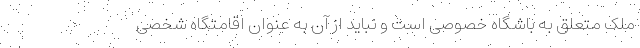
ملک متعلق به باشگاه خصوصی است و نباید از آن به عنوان اقامتگاه شخصی